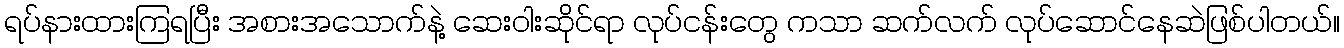
ရပ်နားထားကြရပြီး အစားအသောက်နဲ့ ဆေးဝါးဆိုင်ရာ လုပ်ငန်းတွေ ကသာ ဆက်လက် လုပ်ဆောင်နေဆဲဖြစ်ပါတယ်။